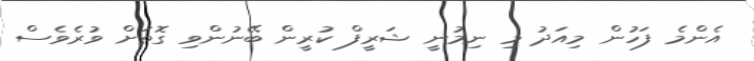
އެންމެ ފަހުން މިއަދު މި ނިމުނީ ޝަރީފް ކުރީން ބޭނުންވި ގޮތަށް ވުރެވެސް